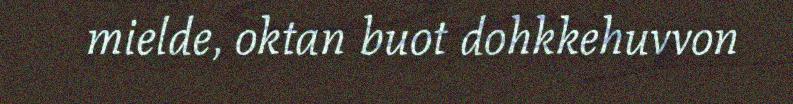
mielde, oktan buot dohkkehuvvon